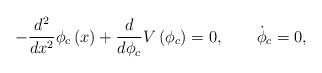
\begin{align*}-\frac{d^2}{dx^2} \phi_c\left(x\right) +\frac{d}{d\phi_c}V\left(\phi_c\right) =0, \qquad \dot\phi_c = 0,\end{align*}